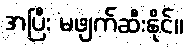
အပြီး မဖျက်ဆီးနိုင်။